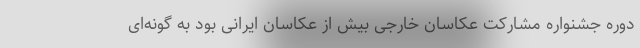
دوره جشنواره مشارکت عکاسان خارجی بیش از عکاسان ایرانی بود به گونه‌ای